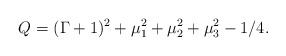
\begin{align*} Q=(\Gamma+1)^2+\mu_1^2+\mu_2^2+\mu_3^2-1/4.\end{align*}